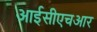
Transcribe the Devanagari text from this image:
आईसीएचआर